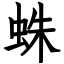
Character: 蛛